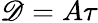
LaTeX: \mathscr{D}=A\tau